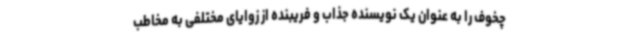
چخوف را به عنوان یک نویسنده جذاب و فریبنده از زوایای مختلفی به مخاطب